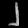
Digit: ၂